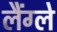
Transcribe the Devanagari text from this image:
लैंग्ले